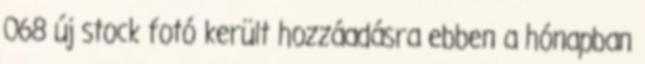
068 új stock fotó került hozzáadásra ebben a hónapban